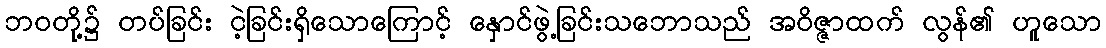
ဘဝတို့၌ တပ်ခြင်း ငဲ့ခြင်းရှိသောကြောင့် နှောင်ဖွဲ့ခြင်းသဘောသည် အဝိဇ္ဇာထက် လွန်၏ ဟူသော